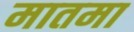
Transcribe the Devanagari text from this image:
मातमा